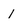
Character: 1